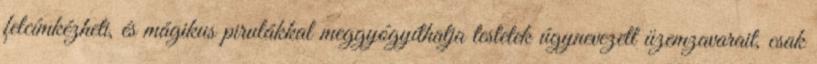
felcímkézheti, és mágikus pirulákkal meggyógyíthatja testetek úgynevezett üzemzavarait, csak